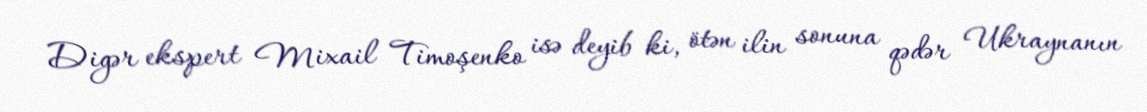
Digər ekspert Mixail Timoşenko isə deyib ki, ötən ilin sonuna qədər Ukraynanın